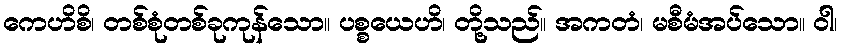
ကေဟိစိ၊ တစ်စုံတစ်ခုကုန်သော။ ပစ္စယေဟိ၊ တို့သည်။ အကတံ၊ မစီမံအပ်သော။ ဝါ၊